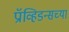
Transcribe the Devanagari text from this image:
प्रॉव्हिडन्सच्या